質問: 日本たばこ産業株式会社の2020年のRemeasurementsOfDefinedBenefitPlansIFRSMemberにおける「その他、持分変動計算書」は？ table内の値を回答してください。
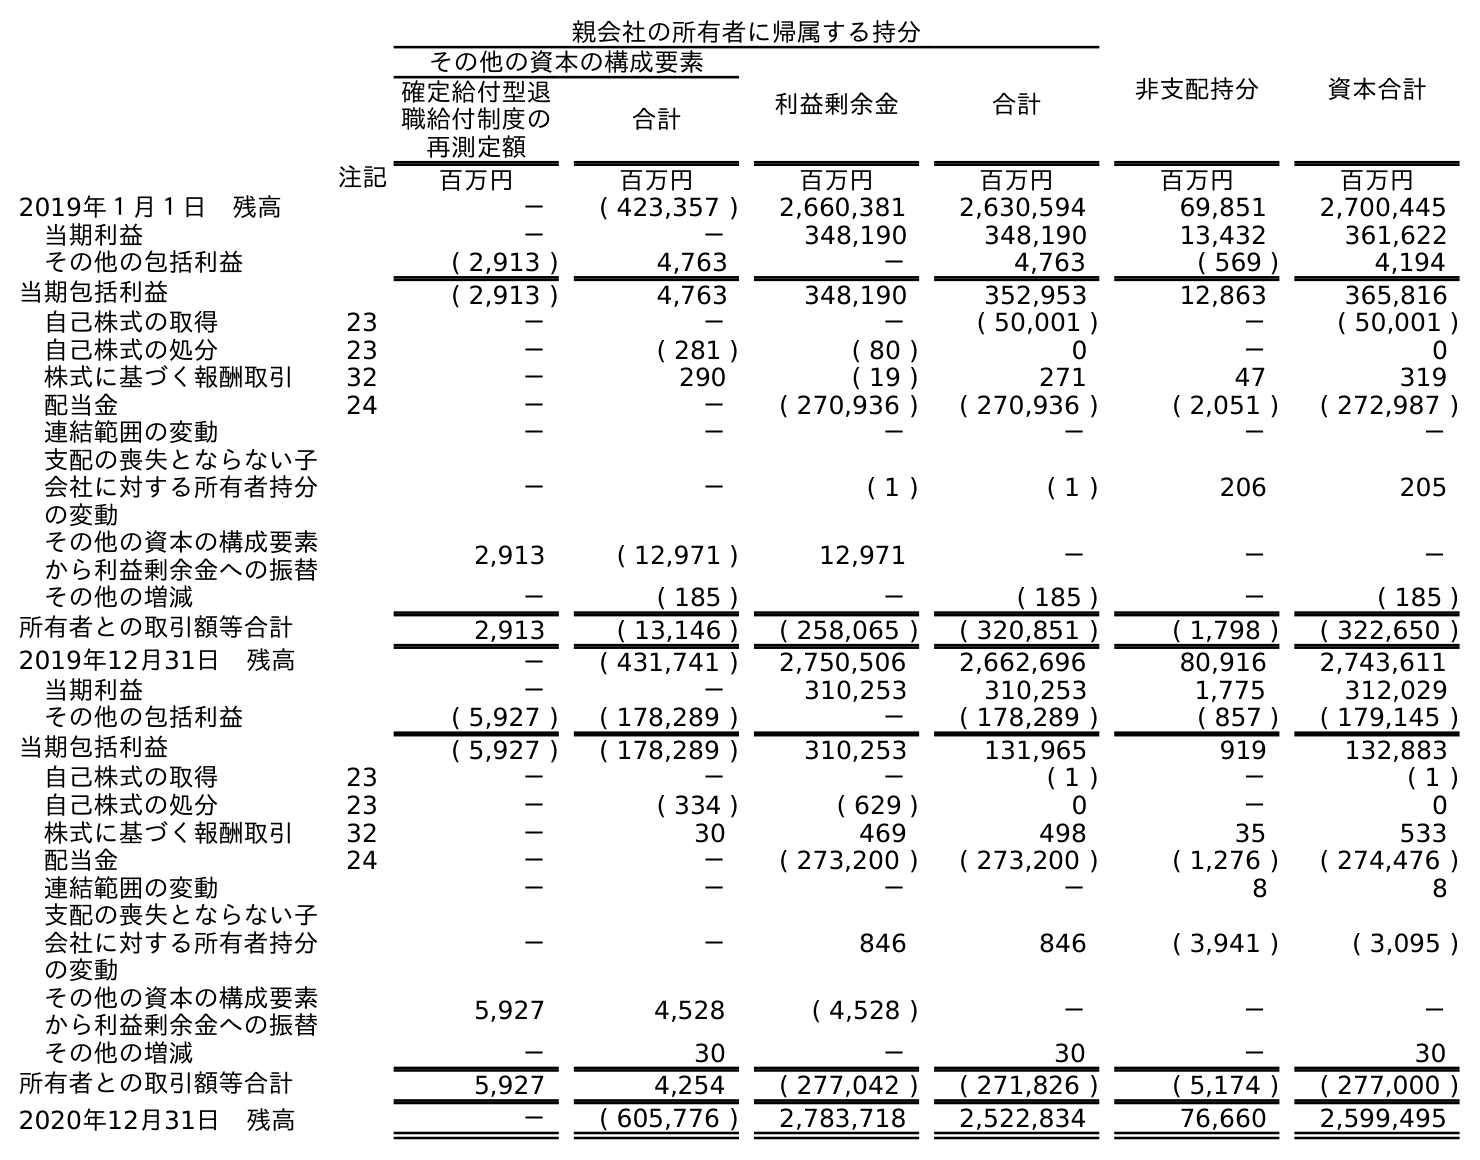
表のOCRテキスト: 親会社の所有者に帰属する持分 非支配持分 資本合計 その他の資本の構成要素 利益剰余金 合計 確定給付型退 職給付制度の 再測定額 合計 注記 百万円 百万円 百万円 百万円 百万円 百万円 2019年１月１日 残高 － ( 423,357 ) 2,660,381 2,630,594 69,851 2,700,445 当期利益 － － 348,190 348,190 13,432 361,622 その他の包括利益 ( 2,913 ) 4,763 － 4,763 ( 569 ) 4,194 当期包括利益 ( 2,913 ) 4,763 348,190 352,953 12,863 365,816 自己株式の取得 23 － － － ( 50,001 ) － ( 50,001 ) 自己株式の処分 23 － ( 281 ) ( 80 ) 0 － 0 株式に基づく報酬取引 32 － 290 ( 19 ) 271 47 319 配当金 24 － － ( 270,936 ) ( 270,936 ) ( 2,051 ) ( 272,987 ) 連結範囲の変動 － － － － － － 支配の喪失とならない子 会社に対する所有者持分 の変動 － － ( 1 ) ( 1 ) 206 205 その他の資本の構成要素 から利益剰余金への振替 2,913 ( 12,971 ) 12,971 － － － その他の増減 － ( 185 ) － ( 185 ) － ( 185 ) 所有者との取引額等合計 2,913 ( 13,146 ) ( 258,065 ) ( 320,851 ) ( 1,798 ) ( 322,650 ) 2019年12月31日 残高 － ( 431,741 ) 2,750,506 2,662,696 80,916 2,743,611 当期利益 － － 310,253 310,253 1,775 312,029 その他の包括利益 ( 5,927 ) ( 178,289 ) － ( 178,289 ) ( 857 ) ( 179,145 ) 当期包括利益 ( 5,927 ) ( 178,289 ) 310,253 131,965 919 132,883 自己株式の取得 23 － － － ( 1 ) － ( 1 ) 自己株式の処分 23 － ( 334 ) ( 629 ) 0 － 0 株式に基づく報酬取引 32 － 30 469 498 35 533 配当金 24 － － ( 273,200 ) ( 273,200 ) ( 1,276 ) ( 274,476 ) 連結範囲の変動 － － － － 8 8 支配の喪失とならない子 会社に対する所有者持分 の変動 － － 846 846 ( 3,941 ) ( 3,095 ) その他の資本の構成要素 から利益剰余金への振替 5,927 4,528 ( 4,528 ) － － － その他の増減 － 30 － 30 － 30 所有者との取引額等合計 5,927 4,254 ( 277,042 ) ( 271,826 ) ( 5,174 ) ( 277,000 ) 2020年12月31日 残高 － ( 605,776 ) 2,783,718 2,522,834 76,660 2,599,495
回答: －